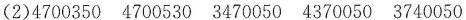
(2)4700350 4700530 3470050 4370050 3740050